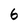
Character: 6